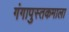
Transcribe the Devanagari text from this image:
गंगापुस्तकमाला